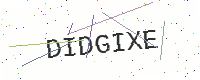
Text: DIDGIXE